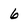
Character: 6